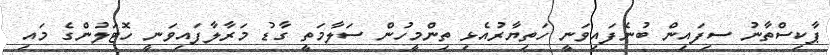
ޕާކިސްތާނު ސިފައިން ބުނެފައިވަނީ ހަތިޔާރުއެޅި ތިންމީހުން ސަލާމަތީ ގާޑު މަރާލާފައިވަނީ ހޮޓަލުންގެ މައި